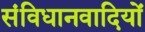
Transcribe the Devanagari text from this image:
संविधानवादियों